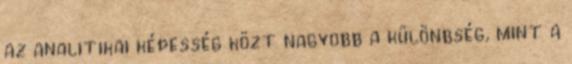
az analitikai képesség közt nagyobb a különbség, mint a